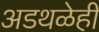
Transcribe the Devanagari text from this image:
अडथळेही